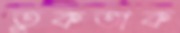
তুকতাক